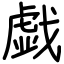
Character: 戯